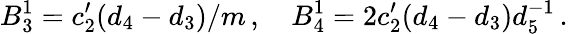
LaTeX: B_{3}^{1}=c_{2}^{\prime}(d_{4}-d_{3})/m\, ,\quad B_{4}^{1}=2c_{2}^{\prime}(d_{4}-d_{3})d_{5}^{-1}\, .